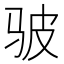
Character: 𫘟